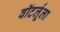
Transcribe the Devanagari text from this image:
वॉटर्लूला